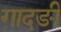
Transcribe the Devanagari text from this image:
गादङी